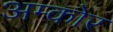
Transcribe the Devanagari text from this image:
अम्कोर